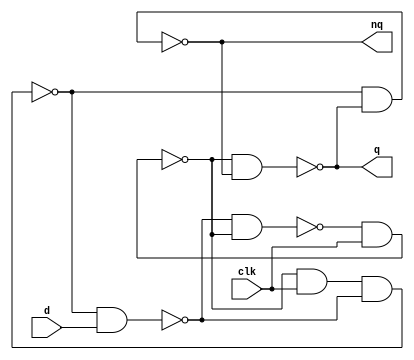
// Bartosz Szpila
// 10.10.2021
// Gate level modeling
// JK latch using D latch and mux 4

// Presentation 1 slide 43
module d_latch(input d, clk, output q, nq);
    wire na1, na2, na3, na4;

    nand (na1, na4, na2);
    nand (na2, na1, clk);
    nand (na3, na2, clk, na4);
    nand (na4, na3, d);
    nand (q, na2, nq);
    nand (nq, na3, q);
endmodule


module dec_24(input s1, s2, output o1, o2, o3, o4);
    wire ns1, ns2;

    not (ns1, s1);
    not (ns2, s2);

    and (o1, ns1, ns2);
    and (o2, ns1, s2);
    and (o3, s1, ns2);
    and (o4, s1, s2);
endmodule

// Presentation 1 slide 39
module mux_4(input i1, i2, i3, i4, s1, s2, output out);
   wire m1, m2, m3, m4;
   wire a1, a2, a3, a4;
   dec_24 dec1(.s1(s1), .s2(s2), .o1(m1), .o2(m2), .o3(m3), .o4(m4));
   and (a1, m1, i1);
   and (a2, m2, i2);
   and (a3, m3, i3);
   and (a4, m4, i4);
   or  (out, a1, a2, a3, a4);
endmodule 

// JK latch logic table
// clk | j | k | q
// ----------------
// -   | ? | ? | q
// -   | 0 | 0 | q
// -   | 0 | 1 | 0
// -   | 1 | 0 | 1
// -   | 1 | 1 | ~q
module jk_latch(input clk, j, k, output q);
   wire nq, buf_d;
   mux_4 mux1(.i1(q), .i2(1'b0), .i3(1'b1), .i4(nq), .s1(j), .s2(k), .out(buf_d));
   d_latch d1(.d(buf_d), .clk(clk), .q(q), .nq(nq));
endmodule